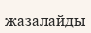
жазалайды